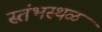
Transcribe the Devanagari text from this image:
स्तंभस्थळ